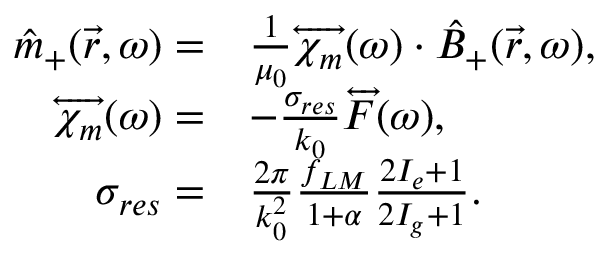
\begin{array} { r l } { \hat { m } _ { + } ( \vec { r } , \omega ) = } & { \frac { 1 } { \mu _ { 0 } } \overleftrightarrow { \chi _ { m } } ( \omega ) \cdot \hat { B } _ { + } ( \vec { r } , \omega ) , } \\ { \overleftrightarrow { \chi _ { m } } ( \omega ) = } & { - \frac { \sigma _ { r e s } } { k _ { 0 } } \overleftrightarrow { F } ( \omega ) , } \\ { \sigma _ { r e s } = } & { \frac { 2 \pi } { k _ { 0 } ^ { 2 } } \frac { f _ { L M } } { 1 + \alpha } \frac { 2 I _ { e } + 1 } { 2 I _ { g } + 1 } . } \end{array}